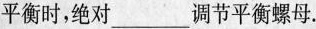
平衡时，绝对___调节平衡螺母。